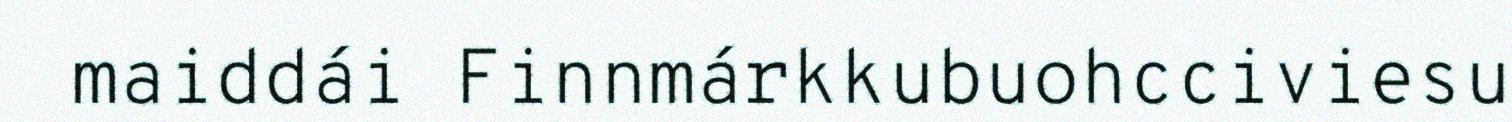
maiddái Finnmárkkubuohcciviesu